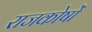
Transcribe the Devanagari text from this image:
राजकोषों